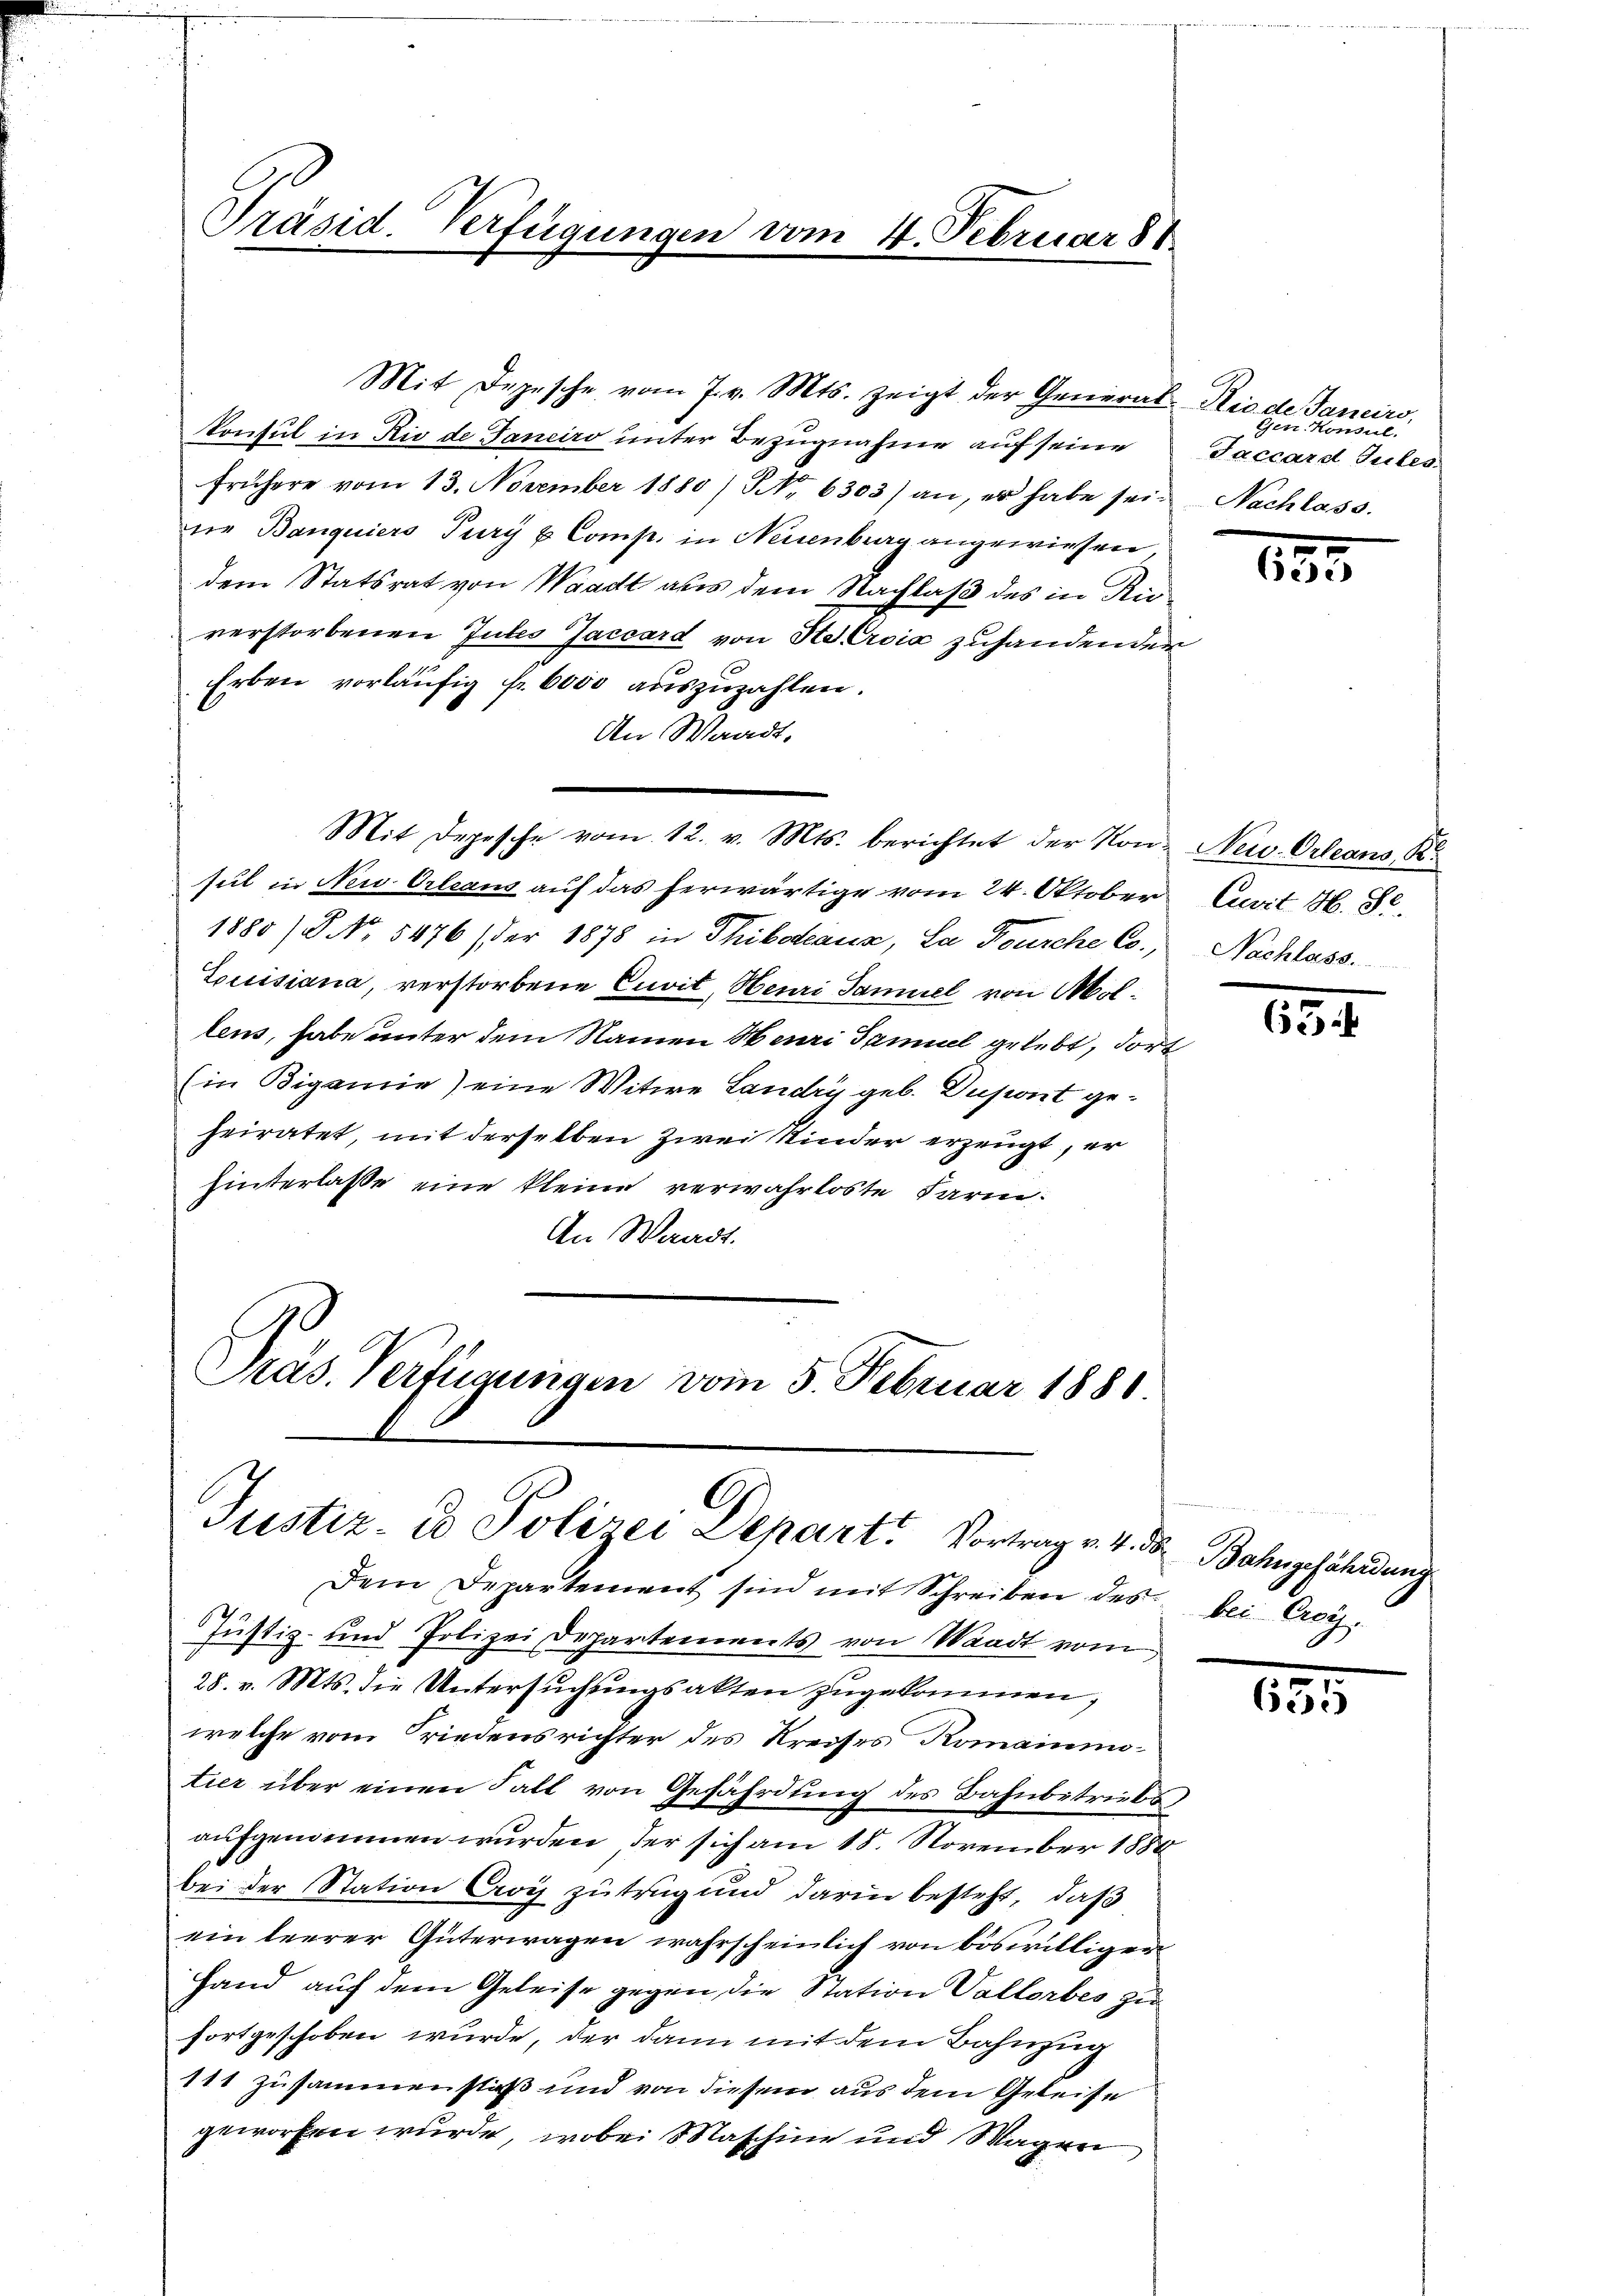
Präsid. Verfügungen vom 4. Februar 188

Mit Depesche vom 7. v. Mts. zeigt der General-Rio de Janeiro,
konsul in Rio de Janeiro unter Bezugnahme auf seine
frühere vom 13. November 1880) NNo. 6303) an, er habe sei. Nachlass.
ne Banquiers Pury u. Comp. in Neuenburg angewiesen
dem Statsrat von Waadt aus dem Nachlaß des in Rüverstorbenen Intes Jaccard von Stelroić zuhanden der
Erben vorläufig fr. 6000 auszuzahlen.
An Waadt,
sul in Neu Orleans auf das herwärtige vom 24. Oktober
1880) S. Nr. 5476) der 1878 in Thibadeans, La Bourche Co.,
Louisiana, verstorbene Cuvit, Heuri Tamuel von Mollens, habe unter dem Namen Heuri Samuel gelebt, dort
(in Bigamie) eine Witwe Landry geb. Dusont geheiratet, mit derselben zwei Kinder erzeugt, er
hinterlasse eine kleine verwahrloste Farm.
An Waadt.
Präs. Verfügungen vom 5. Februar 1881.

Mit Depesche vom 12. v. Mts. berichtet der Non Neu-Orleans, K

Justiz- & Polizei Depart. Vortrag v. 4. d. Bahngefährdung
Dem Departement sind mit Schreiben des bei Cey-

Ger. Konsul
Jaccard Gutes.

Justiz- und Polizei Departements von Waadt vom
28. v. Mts. die Untersuchungsakten zugekommen,
welche vom Friedensrichter des Kreises Romainintier über einen Fall von Gefährdung des Bahnbetriebs,
aufgenommen wurden, der sich am 18. November 1888
bei der Station Cry zutrag und darin besteht, daß
ein leerer Güterwagen wahrscheinlich von böswilligen
fand auf dem Geleise gegen die Station Vallorbes zu
fortgeschoben wurde, der dann mit dem Bahnzug
111 zusammenstäß und von diesem aus dem Geleise
geworfen wurde, wobei Maschine und Wagen

133

Cuvit H. Sc
Nachlass.

634

635.